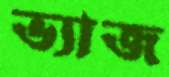
ভ্যাজ